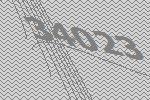
34023